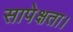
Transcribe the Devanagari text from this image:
सापेक्षता।